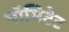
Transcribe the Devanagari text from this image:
पॉमिटेट